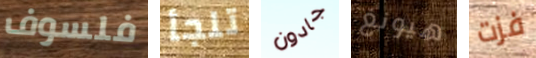
فلسوف تلجأ جادون هيونغ فزت